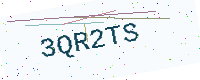
Text: 3QR2TS